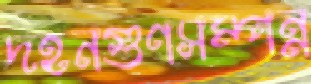
দহনগুণসম্পন্ন